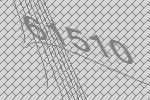
61510